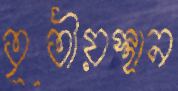
তৃতীয়স্থান